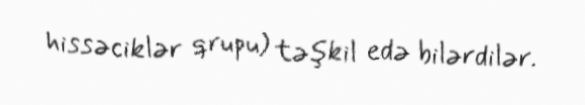
hissəciklər qrupu) təşkil edə bilərdilər.